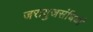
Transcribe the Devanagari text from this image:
जरायुजसंधियों